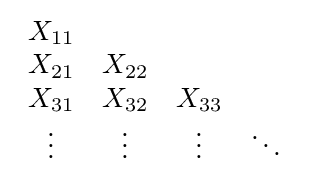
{\begin{array}{cccc}X_{11}\\X_{21}&X_{22}\\X_{31}&X_{32}&X_{33}\\\vdots &\vdots &\vdots &\ddots \end{array}}